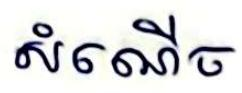
សំណើច